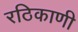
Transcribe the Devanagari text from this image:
रठिकाणी